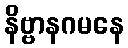
နိဗ္ဗာနဂမနေ